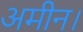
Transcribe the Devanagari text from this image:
अमीन।